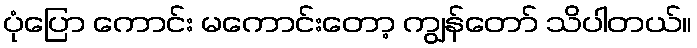
ပုံပြော ကောင်း မကောင်းတော့ ကျွန်တော် သိပါတယ်။